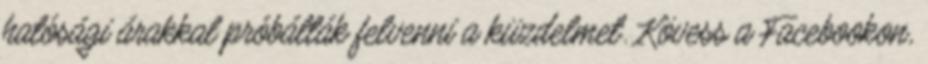
hatósági árakkal próbálták felvenni a küzdelmet. Kövess a Facebookon,